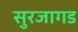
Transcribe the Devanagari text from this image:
सुरजागड